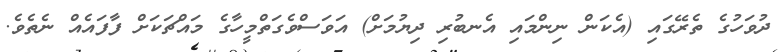
ދުވަހުގެ ތެރޭގައި (އެކަން ނިންމައި އެނބުރި ދިޔުމަށް) އަވަސްވެގަތްމީހާގެ މައްޗަކަށް ފާފައެއް ނެތެވެ.